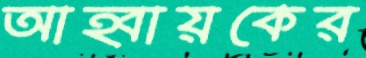
আহ্বায়কের